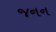
જનન